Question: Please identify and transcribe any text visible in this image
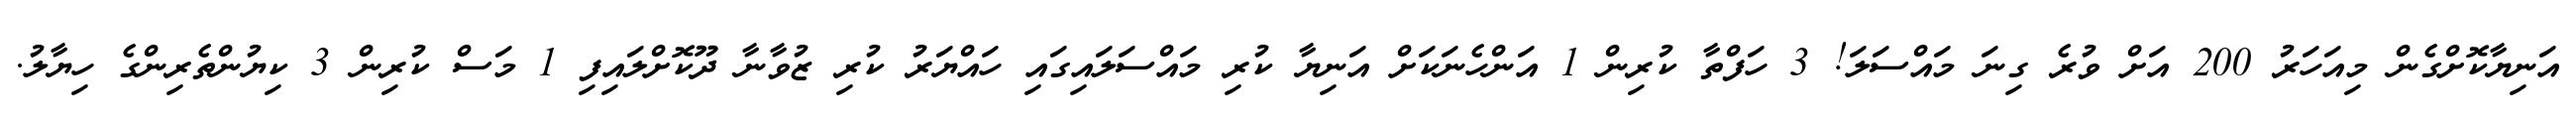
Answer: އަނިޔާކޮށްގެން މިއަހަރު 200 އަށް ވުރެ ގިނަ މައްސަލަ! 3 ހަފްތާ ކުރިން 1 އަންހެނަކަށް އަނިޔާ ކުރި މައްސަލައިގައި ހައްޔަރު ކުރި ޒުވާނާ ދޫކޮށްލައިފި 1 މަސް ކުރިން 3 ކިޔުންތެރިންގެ ހިޔާލު.